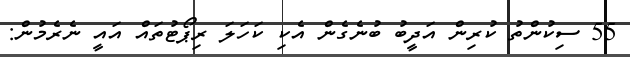
55 ސިކުންތު ކުރިން އަދީބު ބުނެގެން އެކި ކަހަލަ ރިޕޯޓުތައް އައީ ނެރެމުން: